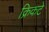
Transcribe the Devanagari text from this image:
क्रिकटे